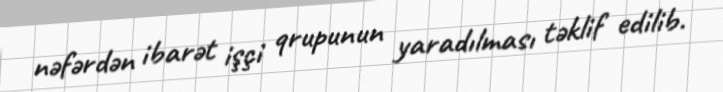
nəfərdən ibarət işçi qrupunun yaradılması təklif edilib.